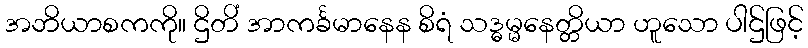
အဘိယာစကကို။ ဌိတိံ အာကင်္ခမာနေန စိရံ သဒ္ဓမ္မနေတ္တိယာ ဟူသော ပါဌ်ဖြင့်